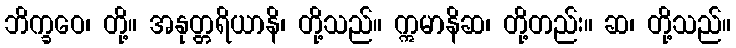
ဘိက္ခဝေ၊ တို့။ အနုတ္တရိယာနိ၊ တို့သည်။ ဣမာနိဆ၊ တို့တည်း။ ဆ၊ တို့သည်။